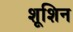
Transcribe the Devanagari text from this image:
शूशिन